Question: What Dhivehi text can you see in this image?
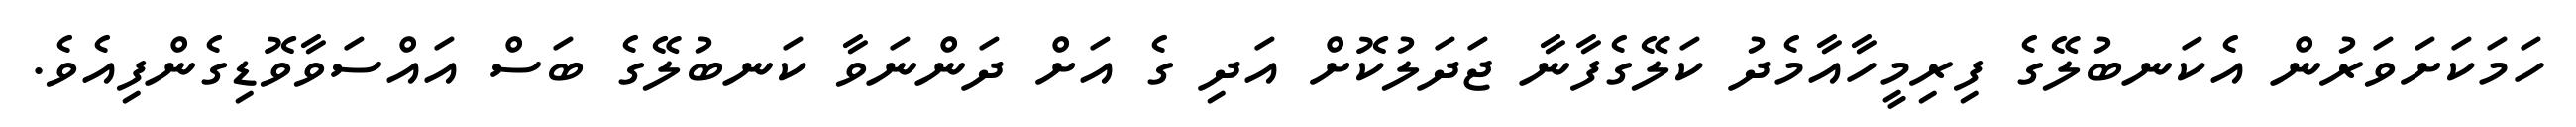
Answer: ހަމަކަށަވަރުން އެކަނބުލޭގެ ފިރިމީހާއާމެދު ކަލޭގެފާނާ ޖަދަލުކޮށް އަދި ގެ އަށް ދަންނަވާ ކަނބުލޭގެ ބަސް އައްސަވާވޮޑިގެންފިއެވެ.